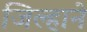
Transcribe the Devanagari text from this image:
जिल्हाने